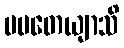
ပပတေယျာသိ